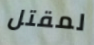
لمقتل